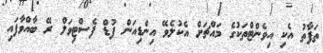
ތަފާތު އެކި އިވެންޓްތަކުގެ މައްޗަށް އެކުލެވޭ އިންޑިއަން ފުޑް ފެސްޓިވަލް ރޭ ބާއްވާފައި